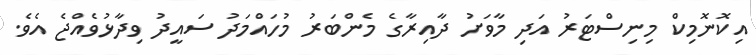
އިކޮނޮމިކް މިނިސްޓަރު އަދި މާވަށު ދާއިރާގެ މެންބަރު މުހައްމަދު ސައީދު ވިދާޅުވެއްޖެ އެވެ.